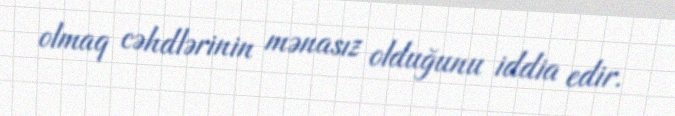
olmaq cəhdlərinin mənasız olduğunu iddia edir.